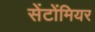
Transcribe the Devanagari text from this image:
सेंटोंमियर